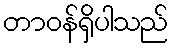
တာဝန်ရှိပါသည်